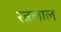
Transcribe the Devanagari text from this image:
रत्नलाल